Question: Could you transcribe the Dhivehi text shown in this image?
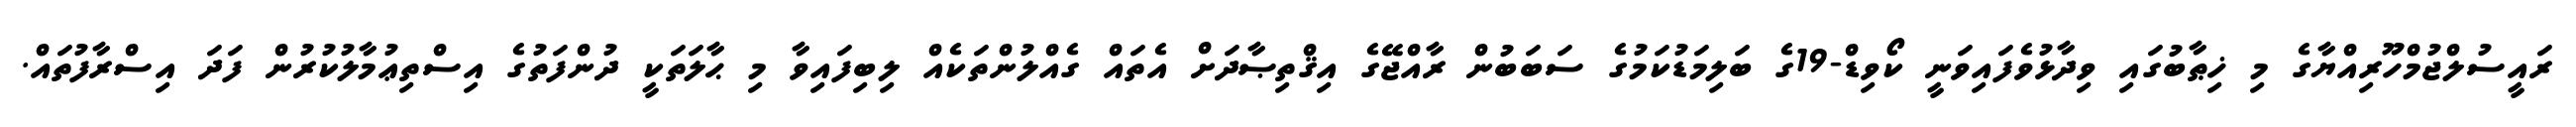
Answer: ރައީސުލްޖުމްހޫރިއްޔާގެ މި ޚިޠާބުގައި ވިދާޅުވެފައިވަނީ ކޯވިޑް-19ގެ ބަލިމަޑުކަމުގެ ސަބަބުން ރާއްޖޭގެ އިޤްތިޞާދަށް އެތައް ގެއްލުންތަކެއް ލިބިފައިވާ މި ޙާލަތަކީ ދުންފަތުގެ އިސްތިޢުމާލުކުރުން ފަދަ އިސްރާފުތައް.